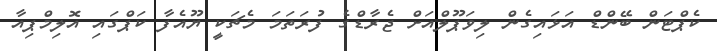
ކެޕްޓަން ބޭންޑް އަޅައިގެން ލިވަޕޫލްއަށް ޖެރާޑްގެ ފުރަތަމަ މެޗަކީ ޔޫއެފާ ކަޕްގައި އޮލިމްޕިއާ